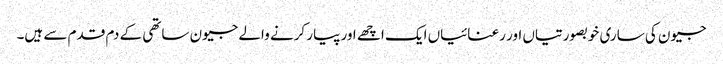
جیون کی ساری خوبصورتیاں اور رعنائیاں ایک اچھے اور پیار کرنے والے جیون ساتھی کے دم قدم سے ہیں۔